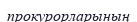
прокурорларының